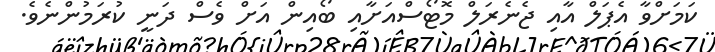
ކަމަށްވާ އެޕަލް އާއި ޖެނެރަލް މޮޓޯސްއަށާއި ބޯއިން އަށް ވެސް ދަނީ ކުރަމުންނެވެ.